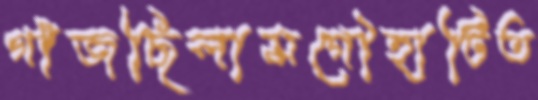
গাঁজছিলামগৌহাটিত